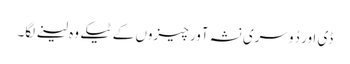
ڈی اور دُوسری نشہ آور چیزوں کے ٹیکے وہ لینے لگا۔